Lunatic asylums Central Provinces reports 1874-1885 - 1874-1885
Year: 1874
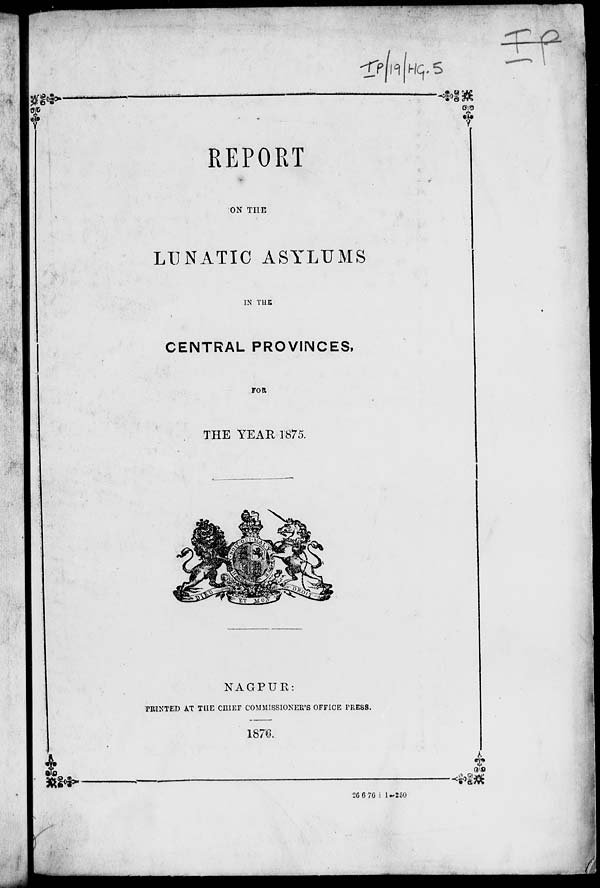
REPORT
ON THE
LUNATIC ASYLUMS
IN THE
CENTRAL PROVINCES,
FOR
THE YEAR 1875.
NAGPUR:
PRINTED AT THE CHIEF COMMISSIONER'S OFFICE PRESS.
1876.
26 6 76 i 1—250